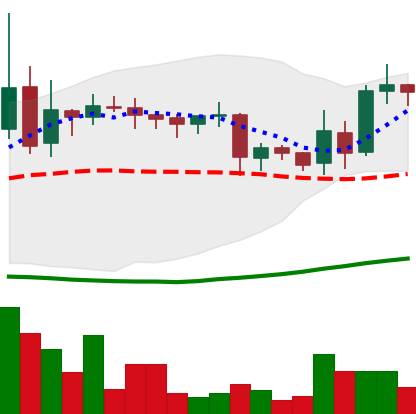
Ticker: LINK-USD
Chart end date: 2019-03-29
Forward return: 13.203%
Label: up_7plus